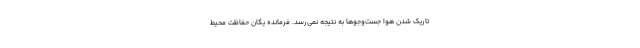
تاریک شدن هوا جست‌وجوها به نتیجه نمی‌رسد. فرمانده یگان حفاظت محیط